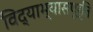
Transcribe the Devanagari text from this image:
विद्याभ्यासपूर्ति